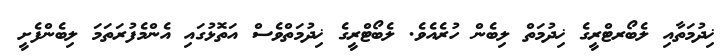
ޚިދުމަތާއި ލެބޯރޓްރީގެ ޚިދުމަތް ލިބެން ހުރެއެވެ. ލެބޯޓްރީގެ ޚިދުމަތްވެސް އަތޮޅުގައި އެންމެފުރަތަމަ ލިބެންފެށީ